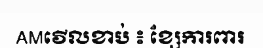
AMវើលខាប់ ៖ ខ្សែការពារ